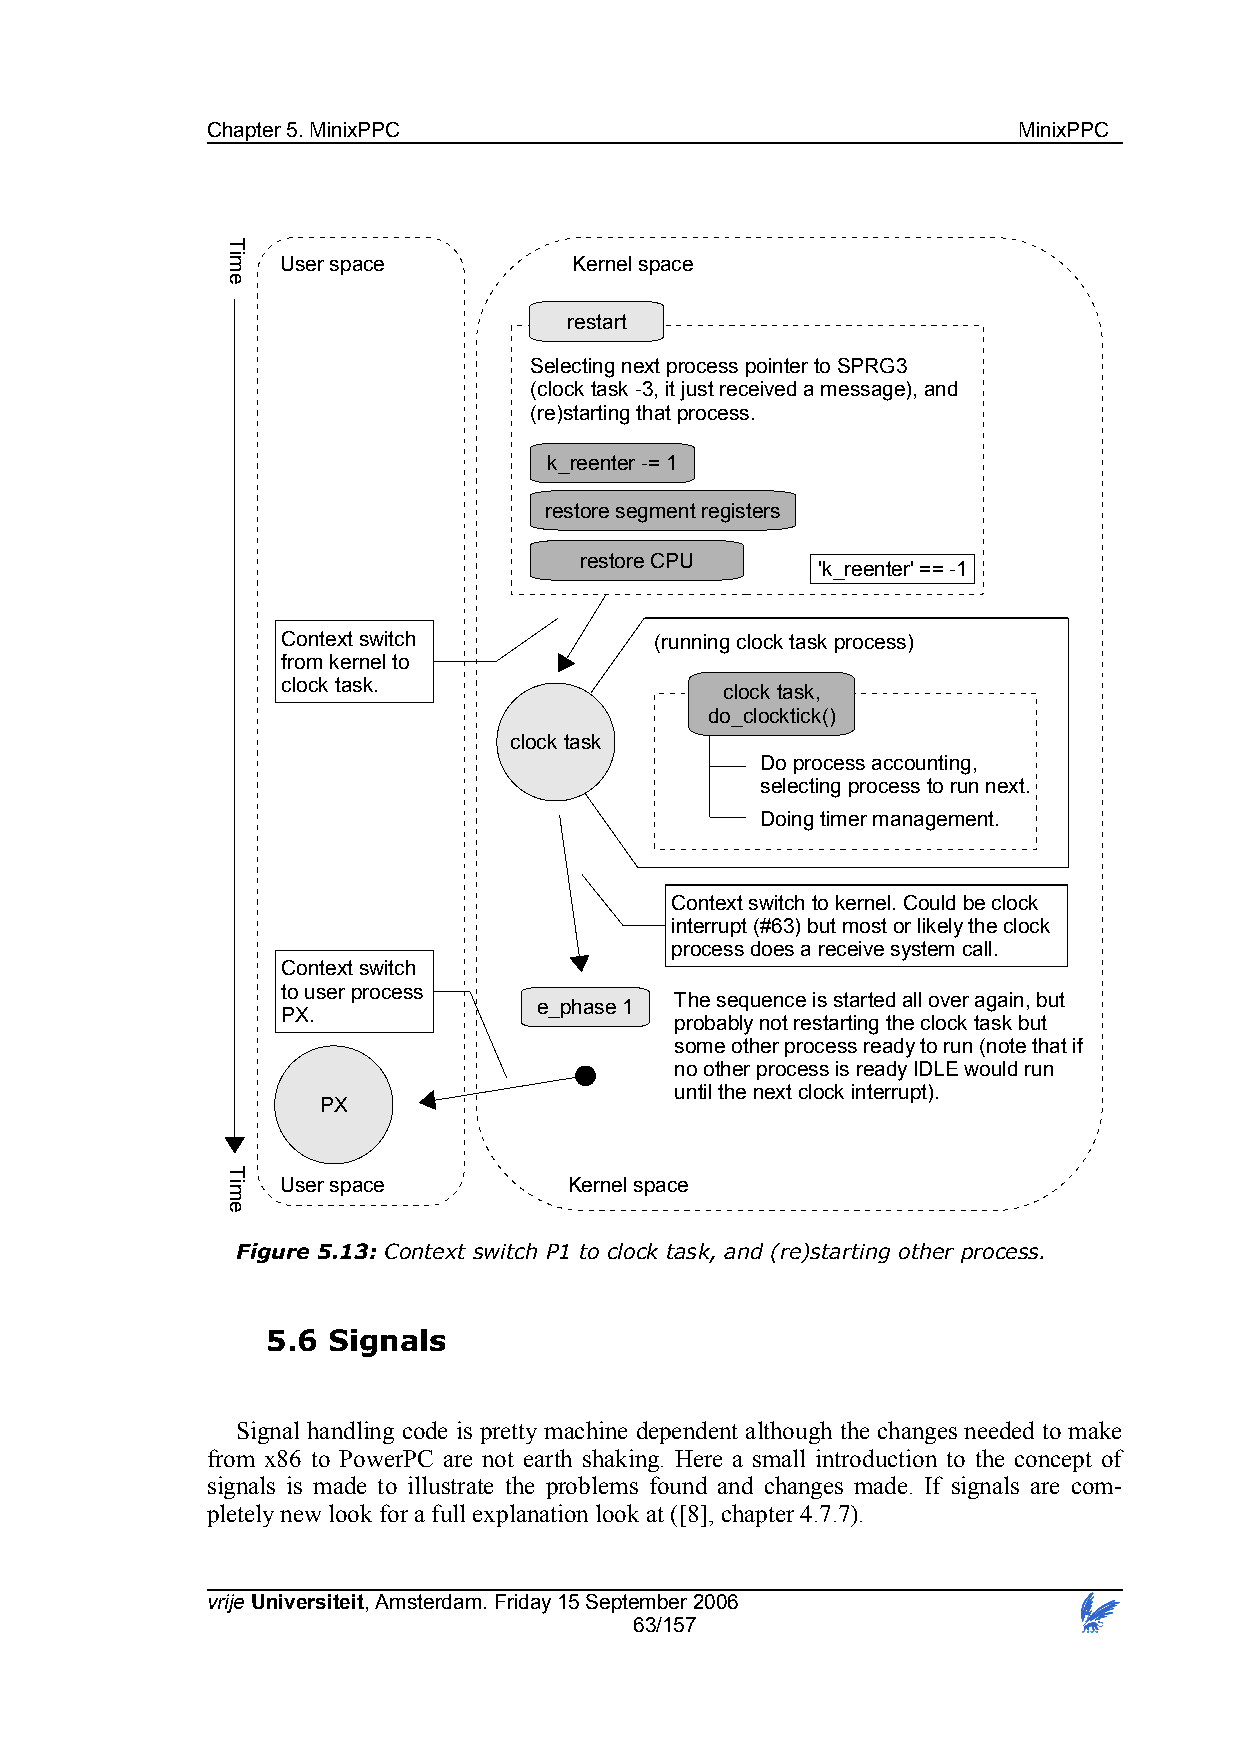
Chapter 5. MinixPPC                                  MinixPPC
 User space         Kernel space
 restart
 Selecting next process pointer to SPRG3
 (clock task -3, it just received a message), and
 (re)starting that process.
 k_reenter -= 1
 restore segment registers
 restore CPU
 'k_reenter' == -1
 Context switch          (running clock task process)
 from kernel to
 clock task.
 clock task,
 do_clocktick()
 clock task
 Do process accounting,
 selecting process to run next.
 Doing timer management.
 Context switch to kernel. Could be clock
 interrupt (#63) but most or likely the clock
 process does a receive system call.
 Context switch
 to user process
 The sequence is started all over again, but
 e_phase 1
 PX.
 probably not restarting the clock task but
 some other process ready to run (note that if
 no other process is ready IDLE would run
 until the next clock interrupt).
 PX
 User space         Kernel space
 Figure 5.13: Context switch P1 to clock task, and (re)starting other process.
 5.6 Signals
 Signal handling code is pretty machine dependent although the changes needed to make
 from x86 to PowerPC are not earth shaking. Here a small introduction to the concept of
 signals is made to illustrate the problems found and changes made. If signals are com-
 pletely new look for a full explanation look at ([8], chapter 4.7.7).
 vrije Universiteit, Amsterdam. Friday 15 September 2006
 63/157
 Time
 Time